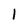
Character: 1